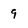
Character: 9